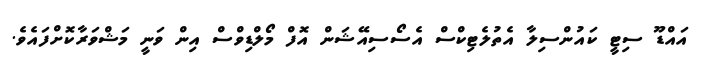
އައްޑޫ ސިޓީ ކައުންސިލާ އެތުލެޓިކްސް އެސޯސިއޭޝަން އޮފް މޯލްޑިވްސް އިން ވަނީ މަޝްވަރާކޮށްފައެވެ.